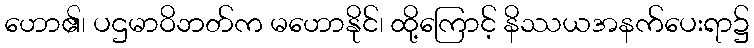
ဟော၏၊ ပဌမာဝိဘတ်က မဟောနိုင်၊ ထို့ကြောင့် နိဿယအနက်ပေးရာ၌